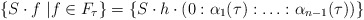
\begin{align*}\{S \cdot f \ | f \in F_{\tau}\}=\{S \cdot h \cdot (0:\alpha_1(\tau):\ldots:\alpha_{n-1}(\tau))\}\end{align*}